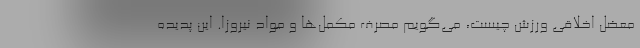
معضل اخلاقی ورزش چیست، می‌گویم مصرف مکمل‌ها و مواد نیروزا. این پدیده